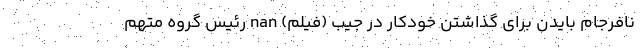
نافرجام بایدن برای گذاشتن خودکار در جیب (فیلم) nan رئیس گروه متهم